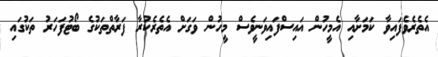
އެތެރެވެފައިވާ ކަމަށާއި އެމީހުން އައިސްފައިވަނީވެސް މީހުން ވަގަށް އެތެރެކުރާ ފަރާތްތަކުގެ ބޯޓުފަހަރު ތަކުގައި